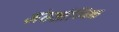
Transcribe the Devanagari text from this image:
अंतर्आण्विक